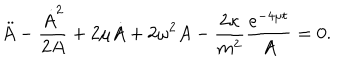
\ddot { A } - \frac { \dot { A } ^ { 2 } } { 2 A } + 2 \mu \dot { A } + 2 \omega ^ { 2 } A - \frac { 2 \kappa } { m ^ { 2 } } \frac { e ^ { - 4 \mu t } } { A } = 0 .